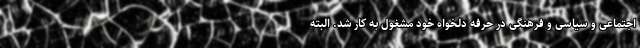
اجتماعی و سیاسی و فرهنگی در حرفه دلخواه خود مشغول به کار شد. البته